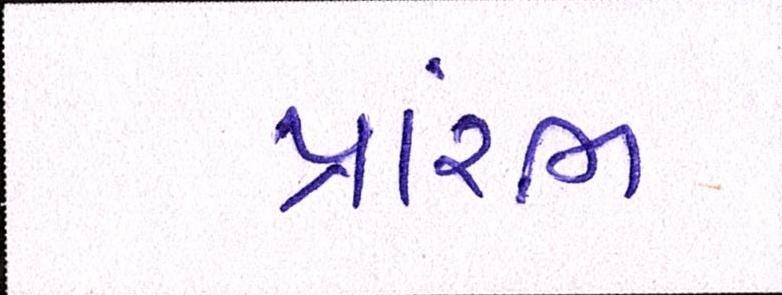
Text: પ્રારંભ